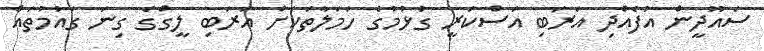
ސައޫދީން އުފެއްދި އަރަބި އަސްކަރީ ގުޅުމުގެ ހަމަލާތަކަށް އަރަބި ލީގްގެ ގިނަ ގައުމުތައް